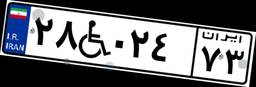
۲۸W۰۲۴۷۳